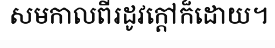
សមកាលពីរដូវក្តៅក៏ដោយ។